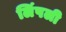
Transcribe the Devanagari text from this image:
लिंपली